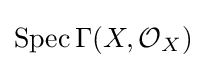
\operatorname {Spec} \Gamma (X,{\mathcal {O}}_{X})